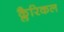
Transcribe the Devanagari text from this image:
क्लैरिकल